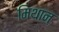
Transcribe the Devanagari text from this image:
मिथान